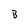
Character: B